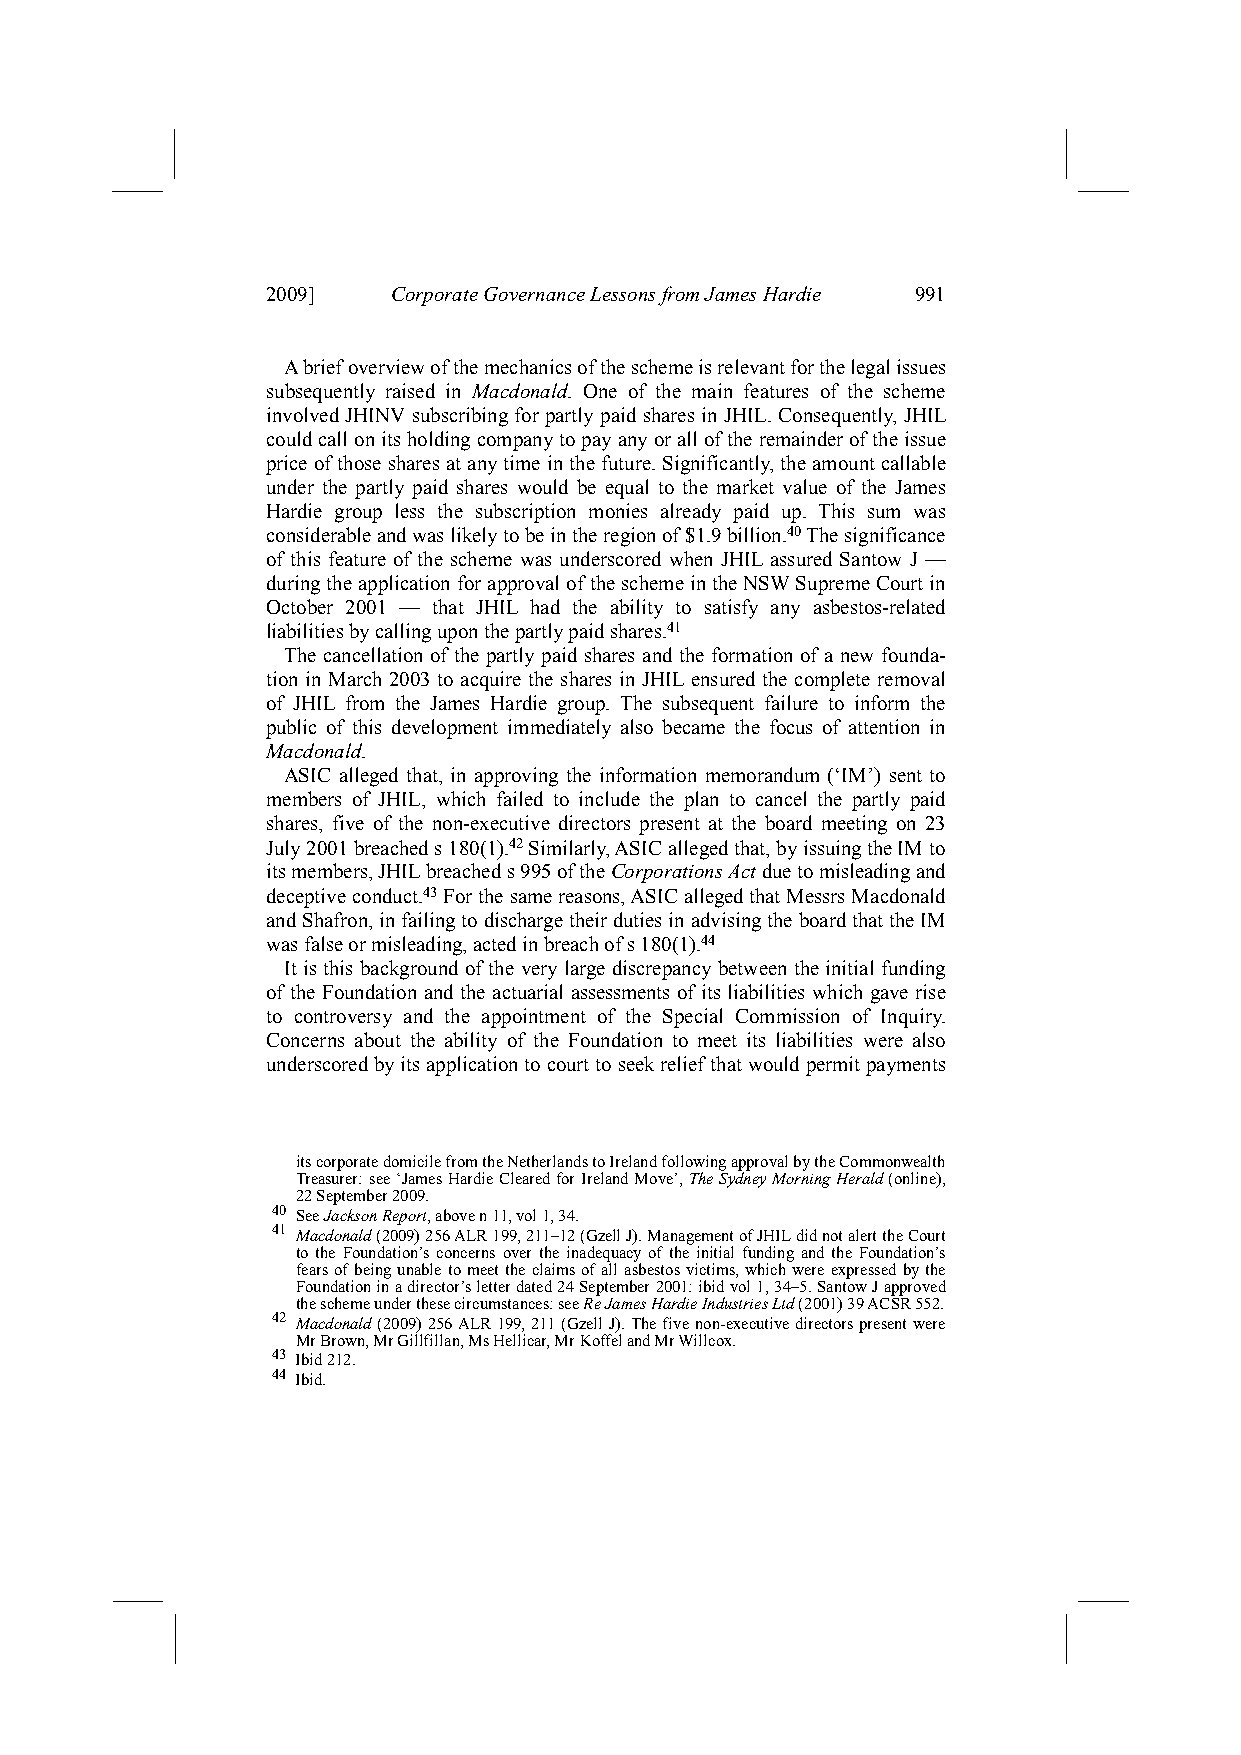
2009]   Corporate Governance Lessons from James Hardie 991
 A brief overview of the mechanics of the scheme is relevant for the legal issues
 subsequently raised in Macdonald. One of the main features of the scheme
 involved JHINV subscribing for partly paid shares in JHIL. Consequently, JHIL
 could call on its holding company to pay any or all of the remainder of the issue
 price of those shares at any time in the future. Significantly, the amount callable
 under the partly paid shares would be equal to the market value of the James
 Hardie group less the subscription monies already paid up. This sum was
 considerable and was likely to be in the region of $1.9 billion.40 The significance
 of this feature of the scheme was underscored when JHIL assured Santow J —
 during the application for approval of the scheme in the NSW Supreme Court in
 October 2001 — that JHIL had the ability to satisfy any asbestos-related
 liabilities by calling upon the partly paid shares.41
 The cancellation of the partly paid shares and the formation of a new founda-
 tion in March 2003 to acquire the shares in JHIL ensured the complete removal
 of JHIL from the James Hardie group. The subsequent failure to inform the
 public of this development immediately also became the focus of attention in
 Macdonald.
 ASIC alleged that, in approving the information memorandum (‘IM’) sent to
 members of JHIL, which failed to include the plan to cancel the partly paid
 shares, five of the non-executive directors present at the board meeting on 23
 July 2001 breached s 180(1).42 Similarly, ASIC alleged that, by issuing the IM to
 its members, JHIL breached s 995 of the Corporations Act due to misleading and
 deceptive conduct.43 For the same reasons, ASIC alleged that Messrs Macdonald
 and Shafron, in failing to discharge their duties in advising the board that the IM
 was false or misleading, acted in breach of s 180(1).44
 It is this background of the very large discrepancy between the initial funding
 of the Foundation and the actuarial assessments of its liabilities which gave rise
 to controversy and the appointment of the Special Commission of Inquiry.
 Concerns about the ability of the Foundation to meet its liabilities were also
 underscored by its application to court to seek relief that would permit payments
 its corporate domicile from the Netherlands to Ireland following approval by the Commonwealth
 Treasurer: see ‘James Hardie Cleared for Ireland Move’, The Sydney Morning Herald (online),
 22 September 2009.
 40 See Jackson Report, above n 11, vol 1, 34.
 41 Macdonald (2009) 256 ALR 199, 211–12 (Gzell J). Management of JHIL did not alert the Court
 to the Foundation’s concerns over the inadequacy of the initial funding and the Foundation’s
 fears of being unable to meet the claims of all asbestos victims, which were expressed by the
 Foundation in a director’s letter dated 24 September 2001: ibid vol 1, 34–5. Santow J approved
 the scheme under these circumstances: see Re James Hardie Industries Ltd (2001) 39 ACSR 552.
 42 Macdonald (2009) 256 ALR 199, 211 (Gzell J). The five non-executive directors present were
 Mr Brown, Mr Gillfillan, Ms Hellicar, Mr Koffel and Mr Willcox.
 43 Ibid 212.
 44 Ibid.